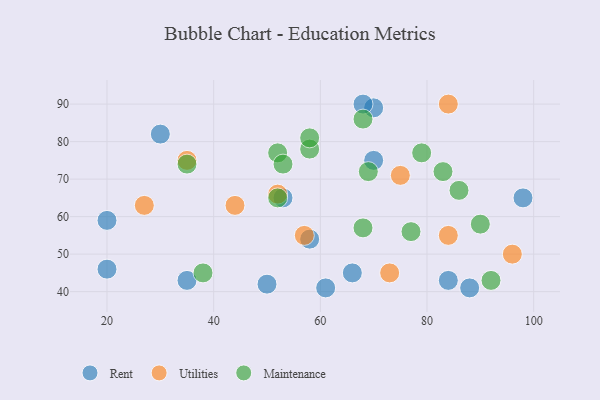
{"axis": {"x": "GDP", "y": "Life Expectancy"}, "legend": ["Maintenance", "Rent", "Utilities"], "data": [{"x": "61", "y": 41, "type": "Rent"}, {"x": "88", "y": 41, "type": "Rent"}, {"x": "35", "y": 43, "type": "Rent"}, {"x": "20", "y": 46, "type": "Rent"}, {"x": "53", "y": 65, "type": "Rent"}, {"x": "70", "y": 89, "type": "Rent"}, {"x": "70", "y": 75, "type": "Rent"}, {"x": "30", "y": 82, "type": "Rent"}, {"x": "20", "y": 59, "type": "Rent"}, {"x": "50", "y": 42, "type": "Rent"}, {"x": "84", "y": 43, "type": "Rent"}, {"x": "98", "y": 65, "type": "Rent"}, {"x": "66", "y": 45, "type": "Rent"}, {"x": "58", "y": 54, "type": "Rent"}, {"x": "68", "y": 90, "type": "Rent"}, {"x": "84", "y": 55, "type": "Utilities"}, {"x": "44", "y": 63, "type": "Utilities"}, {"x": "96", "y": 50, "type": "Utilities"}, {"x": "57", "y": 55, "type": "Utilities"}, {"x": "75", "y": 71, "type": "Utilities"}, {"x": "52", "y": 66, "type": "Utilities"}, {"x": "27", "y": 63, "type": "Utilities"}, {"x": "73", "y": 45, "type": "Utilities"}, {"x": "84", "y": 90, "type": "Utilities"}, {"x": "35", "y": 75, "type": "Utilities"}, {"x": "77", "y": 56, "type": "Maintenance"}, {"x": "86", "y": 67, "type": "Maintenance"}, {"x": "79", "y": 77, "type": "Maintenance"}, {"x": "38", "y": 45, "type": "Maintenance"}, {"x": "35", "y": 74, "type": "Maintenance"}, {"x": "92", "y": 43, "type": "Maintenance"}, {"x": "90", "y": 58, "type": "Maintenance"}, {"x": "58", "y": 78, "type": "Maintenance"}, {"x": "68", "y": 57, "type": "Maintenance"}, {"x": "68", "y": 86, "type": "Maintenance"}, {"x": "52", "y": 77, "type": "Maintenance"}, {"x": "53", "y": 74, "type": "Maintenance"}, {"x": "83", "y": 72, "type": "Maintenance"}, {"x": "69", "y": 72, "type": "Maintenance"}, {"x": "58", "y": 81, "type": "Maintenance"}, {"x": "52", "y": 65, "type": "Maintenance"}]}